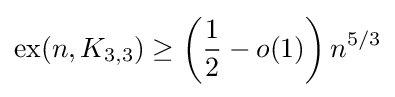
\operatorname {ex} (n,K_{3,3})\geq \left({\frac {1}{2}}-o(1)\right)n^{5/3}